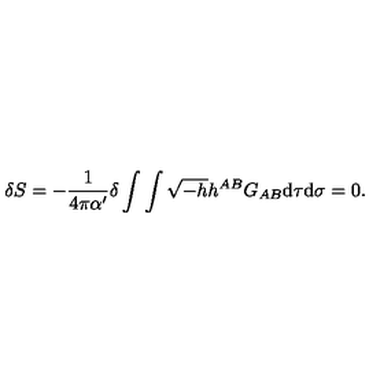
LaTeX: \delta S = - \frac { 1 } { 4 \pi { \alpha } ^ { \prime } } \delta \int \int \sqrt { - h } h ^ { A B } G _ { A B } \mathrm { d } \tau \mathrm { d } \sigma = 0 .